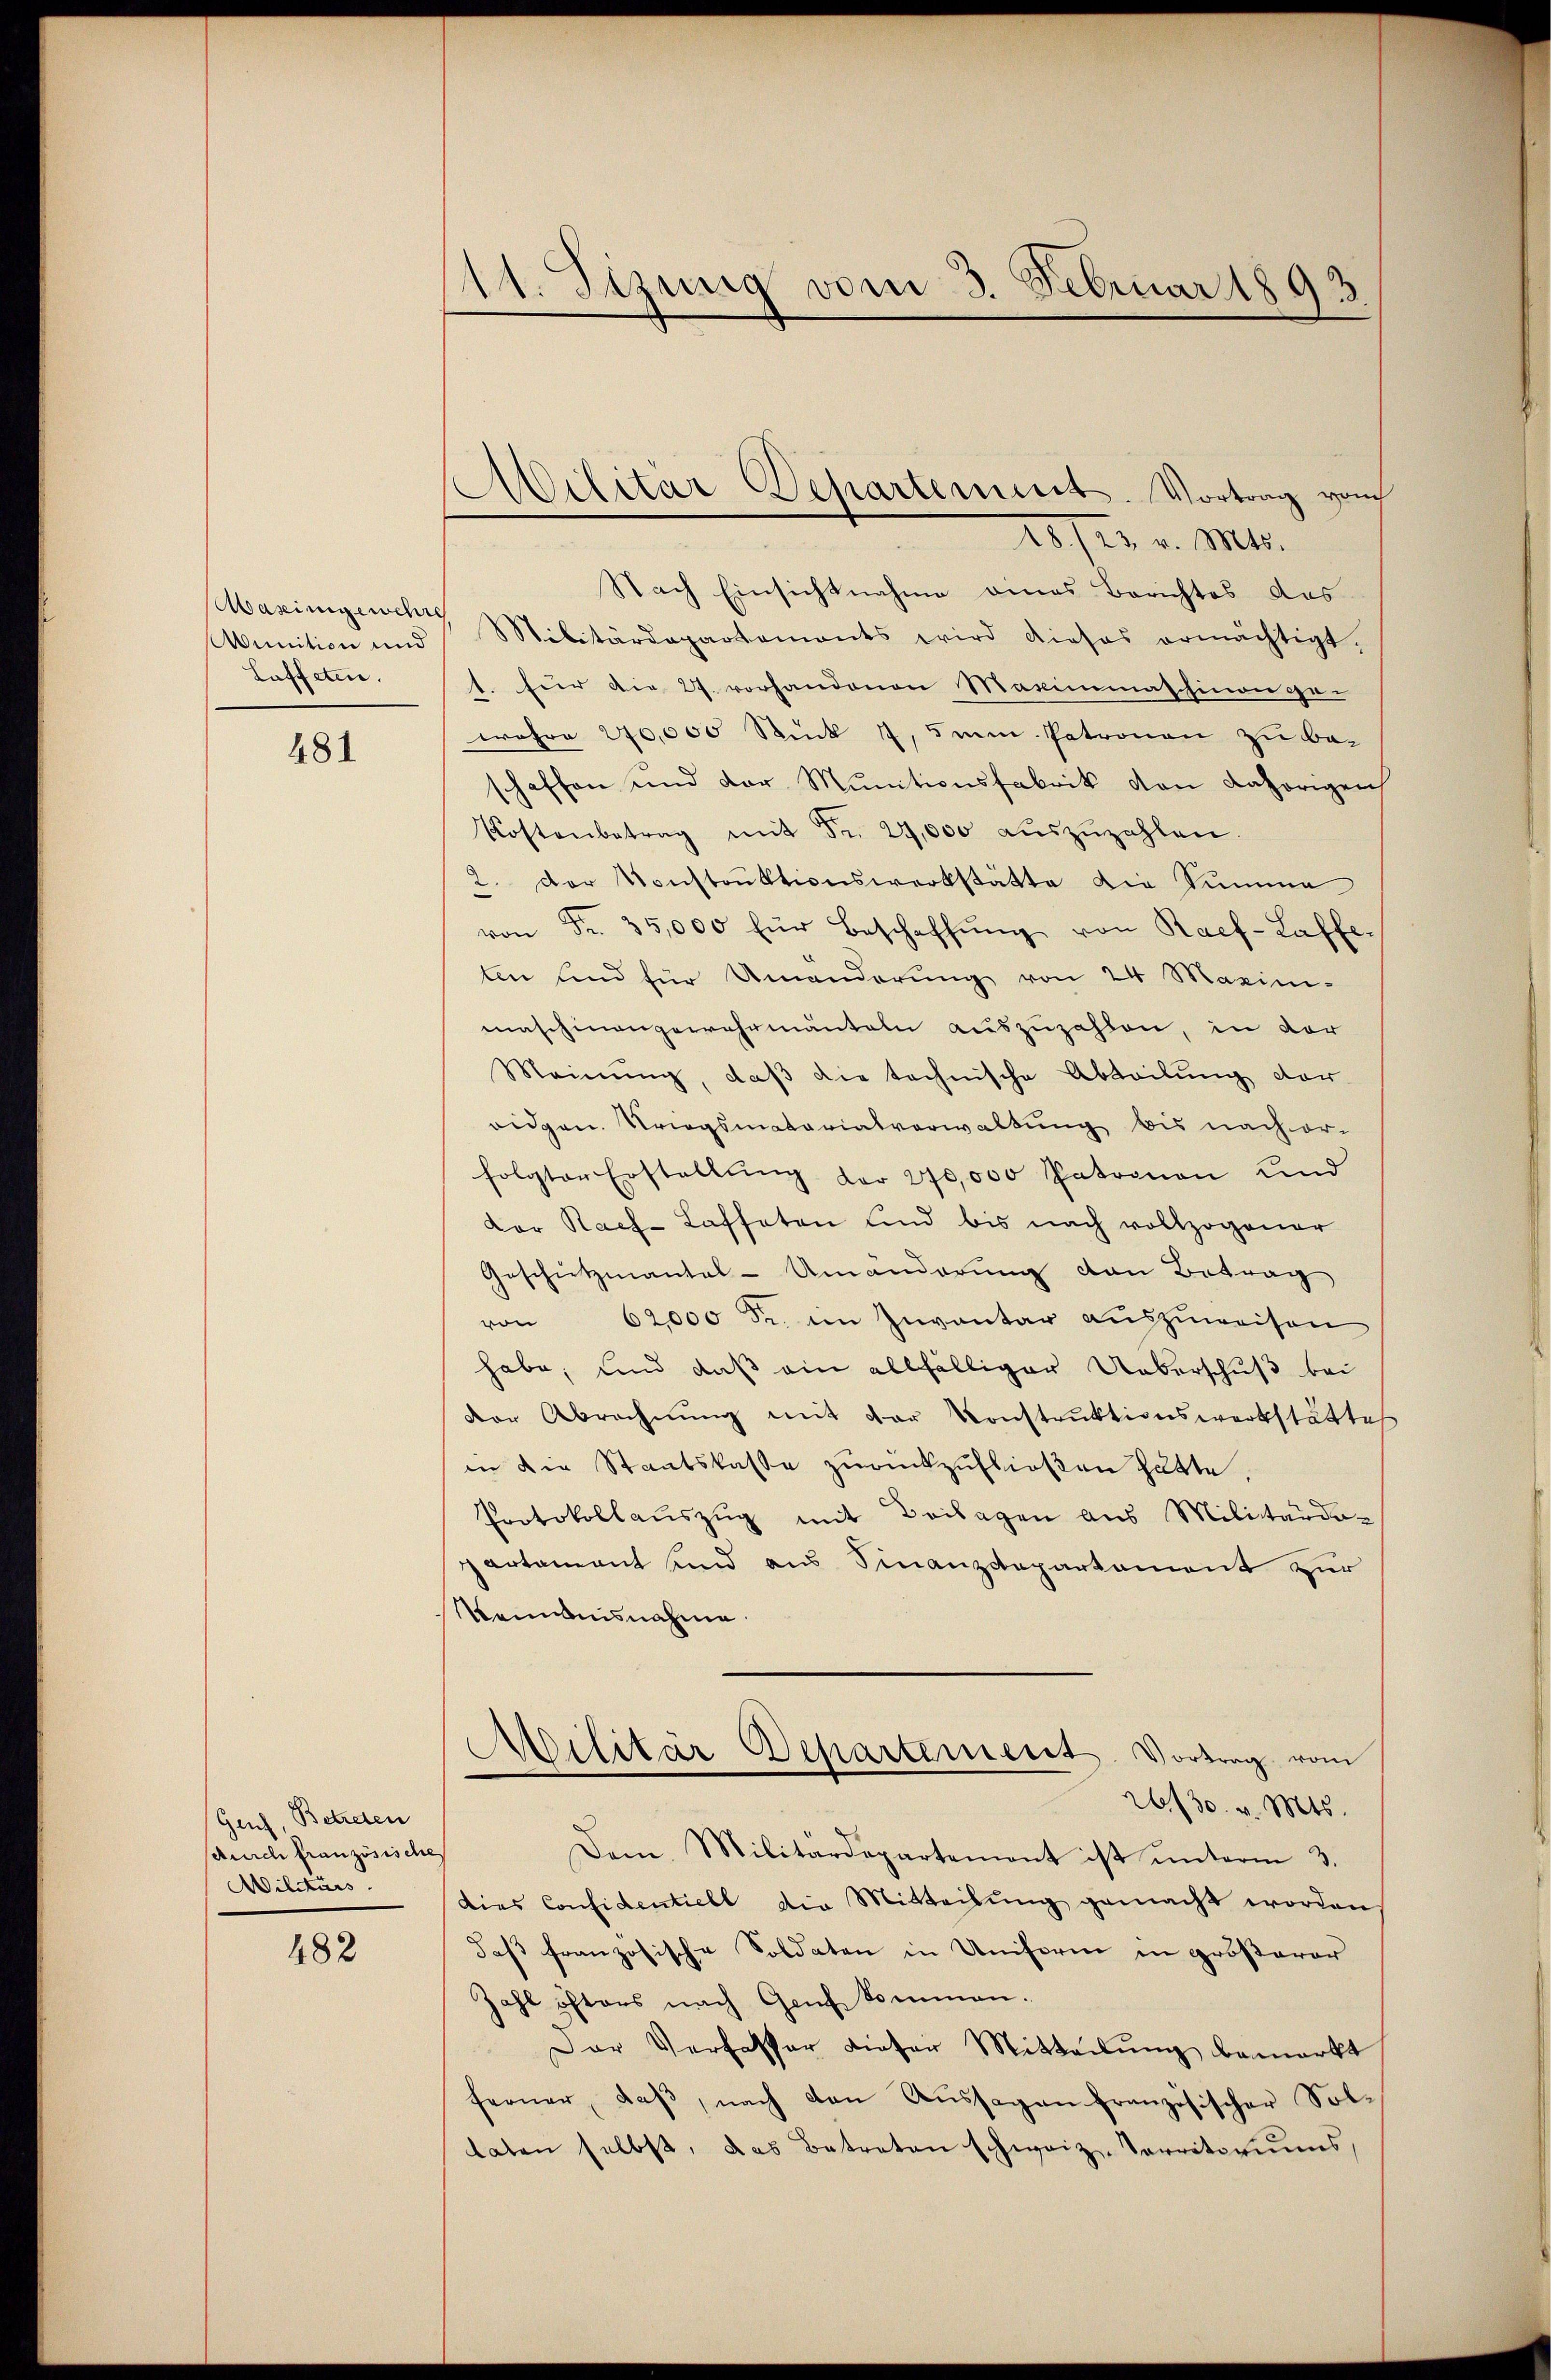
Aasingewehre
Wunition und
Laffeten.

481

Betreten
Ganz
durch französische
Militärs

482

1. Sizung vom 3. Februar 1893
¬

Militär-Departement. Vortrag vom
20/23. v. Mts.

Nach Einsichtnahme eines Berichtes das
Militärdepartements wird dieses ermächtigt.
1. für die 27. vorhandenen Maximmashinon ge-
wahre 200,000 Stück 7,5mm. Patronen zu beschaffen und der Munitionsfabrik von dahörigen
Kostenbetrag mit Fr. 29,000 aŭszŭzahlen.
2. der Konstrŭktionswerkstätte die Summe
von Fr. 35,000 für Beschaffŭng von Raef-Laffe
ten und für Umänderŭng von 24 Maxim-
maschinengewahrmänteln auszuzahlen, in vor
Meinŭng, daβ die technische Abteilŭng der
ridgen. Kriegsmatorialverwaltung bis nach or-
folgter Erstellŭng der 270,000 Patronen und
dor Rach-Laffeten und bis nach vollzogener
Geschietzmantal-Umänderung von Betrag
von 62000 Fr. im Inventar aŭszŭweisen
habe; und daß ein allfälliger Ueberschuß bei
der Abrechnŭng mit der Konstruktionswerkstättes
in die Staatskasse zurückzufließen hätte.
Protokollauszug mit Beilagen aus Militardo-
partament und aus Finanzdepartement zur
Kemnisnahme
Militar Departement. Vortrag vom
26/30. v. Mts.
Dem Militärdepartement ist ŭnterm 3.
Dies Considentiell die Mitteilung gemacht worden
daß französische Soldaten in Uniform in größerer
Zahl öfters nach Genf kommen.
Der Verfasser dieser Mitteilŭng bemerkt
ferner, daβ nach den Aŭssagen französischer Sollaten selbst, das Betreten schweiz. Territoriums,